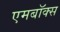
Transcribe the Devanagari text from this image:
एमबॉक्स